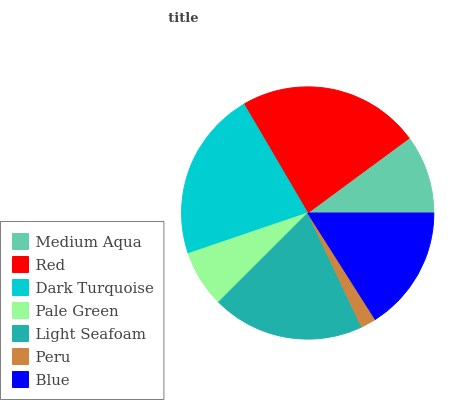
| Medium Aqua | Red | Dark Turquoise | Pale Green | Light Seafoam | Peru | Blue |
 | --- | --- | --- | --- | --- | --- | --- |
 | 10.1% | 23.3% | 21.8% | 7.27% | 19.5% | 1.97% | 16% |